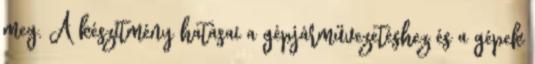
meg. A készítmény hatásai a gépjárművezetéshez és a gépek